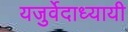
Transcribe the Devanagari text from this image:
यजुर्वेदाध्यायी